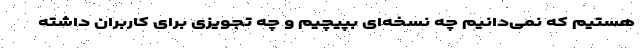
هستیم که نمی‌دانیم چه نسخه‌ای بپیچیم و چه تجویزی برای کاربران داشته